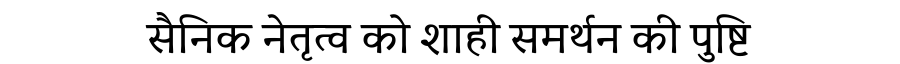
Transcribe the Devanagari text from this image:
सैनिक नेतृत्व को शाही समर्थन की पुष्टि